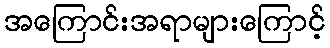
အကြောင်းအရာများကြောင့်